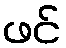
ဖင်